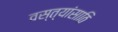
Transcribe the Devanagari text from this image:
वस्त्यांसाठि